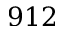
9 1 2